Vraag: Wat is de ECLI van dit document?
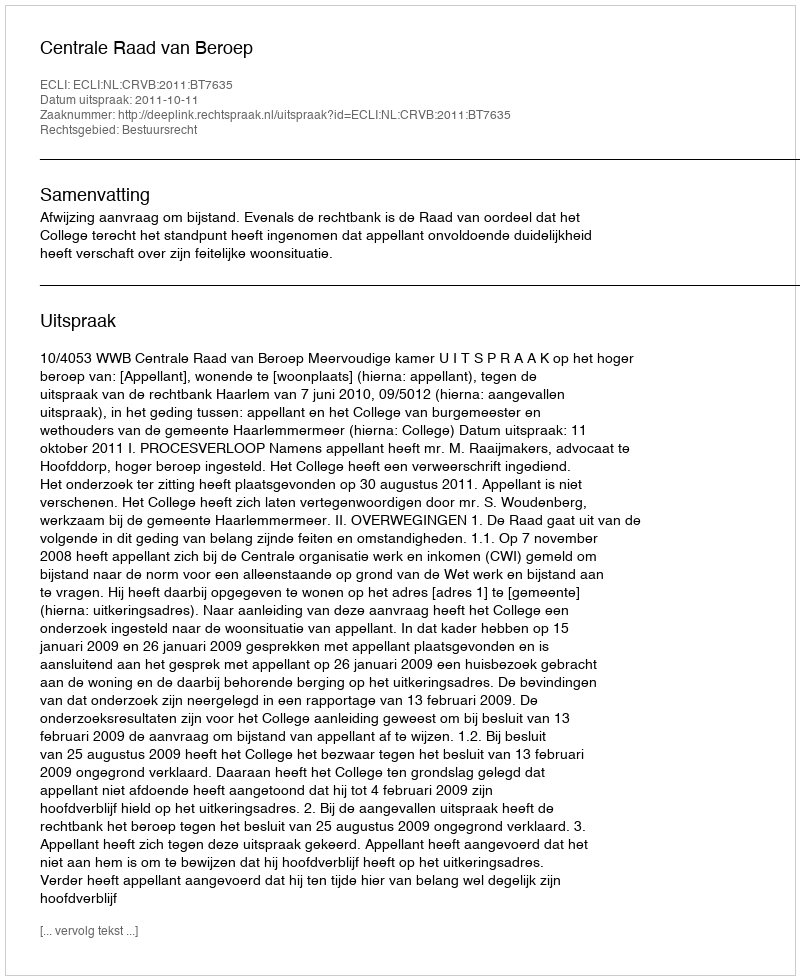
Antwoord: ECLI:NL:CRVB:2011:BT7635